Vaccination in Bombay 1863-1868 - 1863-1868
Year: 1863
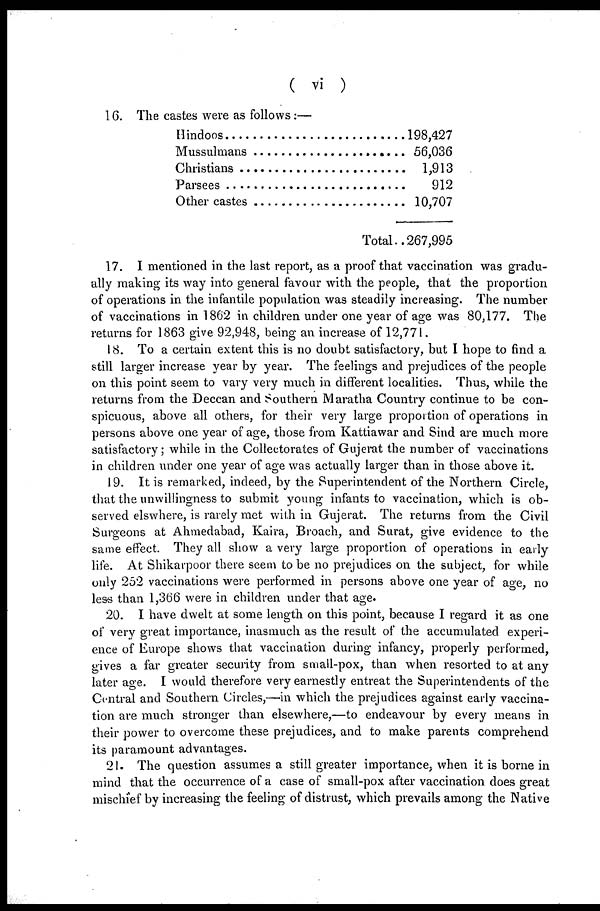
( vi )
16. The castes were as follows:—
Hindoos . . . . . . . . . . .
Mussulmans . . . . . . . . . . .
Christians . . . . . . . . . . .
Parsees . . . . . . . . . . .
Other castes . . . . . . . . . . .
198,427
56,036
1,913
912
10,707
Total.. 267,995
17. I mentioned in the last report, as a proof that vaccination was gradu-
ally making its way into general favour with the people, that the proportion
of operations in the infantile population was steadily increasing. The number
of vaccinations in 1862 in children under one year of age was 80,177. The
returns for 1863 give 92,948, being an increase of 12,771.
18. To a certain extent this is no doubt satisfactory, but I hope to find a
still larger increase year by year. The feelings and prejudices of the people
on this point seem to vary very much in different localities. Thus, while the
returns from the Deccan and Southern Maratha Country continue to be con-
spicuous, above all others, for their very large proportion of operations in
persons above one year of age, those from Kattiawar and Sind are much more
satisfactory; while in the Collectorates of Gujerat the number of vaccinations
in children under one year of age was actually larger than in those above it.
19. It is remarked, indeed, by the Superintendent of the Northern Circle,
that the unwillingness to submit young infants to vaccination, which is ob-
served elswhere, is rarely met with in Gujerat. The returns from the Civil
Surgeons at Ahmedabad, Kaira, Broach, and Surat, give evidence to the
same effect. They all show a very large proportion of operations in early
life. At Shikarpoor there seem to be no prejudices on the subject, for while
only 252 vaccinations were performed in persons above one year of age, no
less than 1,366 were in children under that age.
20. I have dwelt at some length on this point, because I regard it as one
of very great importance, inasmuch as the result of the accumulated experi-
ence of Europe shows that vaccination during infancy, properly performed,
gives a far greater security from small-pox, than when resorted to at any
later age. I would therefore very earnestly entreat the Superintendents of the
Central and Southern Circles,—in which the prejudices against early vaccina-
tion are much stronger than elsewhere,—to endeavour by every means in
their power to overcome these prejudices, and to make parents comprehend
its paramount advantages.
21. The question assumes a still greater importance, when it is borne in
mind that the occurrence of a case of small-pox after vaccination does great
mischief by increasing the feeling of distrust, which prevails among the Native